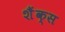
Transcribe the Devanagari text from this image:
शैंक्स